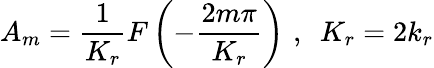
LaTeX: A_{m}=\frac{1}{K_{r}}F\left(-\frac{2m\pi}{K_{r}}\right)\, \, ,\, \, \, K_{r}=2k_{r}